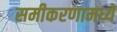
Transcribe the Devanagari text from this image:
समीकरणामध्ये